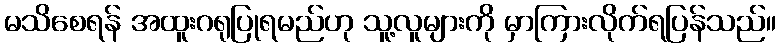
မသိစေရန် အထူးဂရုပြုရမည်ဟု သူ့လူများကို မှာကြားလိုက်ရပြန်သည်။